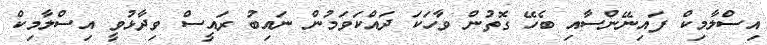
އިސްލާމިކް ފައިނޭންސާއި ބެހޭ ގޮތުން ވާހަކަ ދައްކަވަމުން ނައިބު ރައީސް ވިދާޅުވީ އިސްލާމިކް